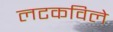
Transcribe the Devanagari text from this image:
लटकविले